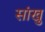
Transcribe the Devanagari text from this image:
सांखु